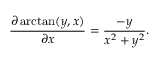
{ \frac { \partial \arctan ( y , x ) } { \partial x } } = { \frac { - y } { x ^ { 2 } + y ^ { 2 } } } .